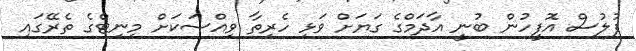
ފުލުސް އޮފީހުން ބުނީ އާދަމްގެ ގަޔަށް ވަޅި ހެރިތާ ވިއްސަކަށް މިނިޓްގެ ތެރޭގައި